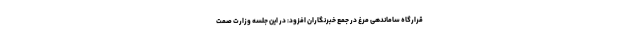
قرارگاه ساماندهی مرغ در جمع خبرنگاران افزود: در این جلسه وزارت صمت